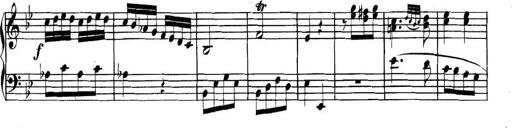
Title: Collected Piano Sonatas
Composer: Muzio Clementi